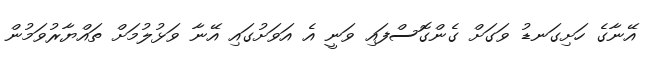
އޭނާގެ ހަށިގަނޑު ވަގަށް ގެންގޮސްފައި ވަނީ އެ އަވަށުގައި އޭނާ ވަޅުލުމަށް ތައްޔާރުވަމުން